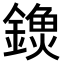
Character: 𨫗